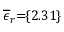
\! \! \! \! \! \! \! \overline { { \epsilon } } _ { r } \! \! = \! \! \{ 2 . 3 1 \} \!